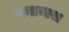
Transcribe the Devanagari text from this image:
बनानास